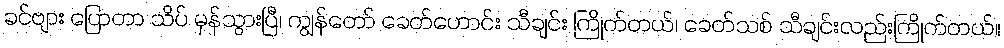
ခင်ဗျား ပြောတာ သိပ် မှန်သွားပြီ၊ ကျွန်တော် ခေတ်ဟောင်း သီချင်း ကြိုက်တယ်၊ ခေတ်သစ် သီချင်းလည်းကြိုက်တယ်။